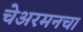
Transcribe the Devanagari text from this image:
चेअरमनचा